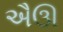
ઐઊ